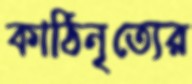
কাঠিনৃত্যের